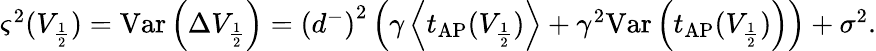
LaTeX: \begin{array}{r}{\varsigma^{2}(V_{\frac{1}{2}})=\mathrm{Var}\left(\Delta V_{\frac{1}{2}}\right)=\left(d^{-}\right)^{2}\left(\gamma\left\langle t_{\mathrm{AP}}(V_{\frac{1}{2}})\right\rangle+\gamma^{2}\mathrm{Var}\left(t_{\mathrm{AP}}(V_{\frac{1}{2}})\right)\right)+\sigma^{2}.}\end{array}